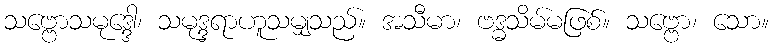
သဗ္ဗောသမုဒ္ဒေါ၊ သမုဒ္ဒရာဟူသမျှသည်။ အသီမာ၊ ဗဒ္ဓသိမ်မဖြစ်။ သဗ္ဗော၊ သော။